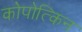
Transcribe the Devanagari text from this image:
कोपोत्किन